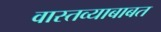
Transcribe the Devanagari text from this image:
वास्तव्याबाबत